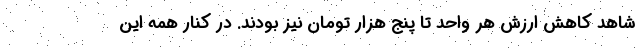
شاهد کاهش ارزش هر واحد تا پنج هزار تومان نیز بودند. در کنار همه این